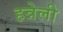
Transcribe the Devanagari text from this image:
हन्नेली